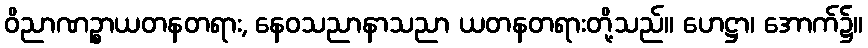
ဝိညာဏဉ္စာယတနတရား, နေဝသညာနာသညာ ယတနတရားတို့သည်။ ဟေဋ္ဌာ၊ အောက်၌။